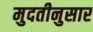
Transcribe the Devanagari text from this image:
मुदतीनुसार